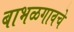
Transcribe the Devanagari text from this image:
बाभळगावचे